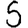
Digit: 5